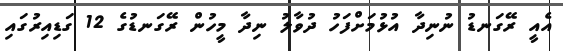
އެއީ ރޭގަނޑު ނުނިދާ އުޅުމަށްފަހު ދުވާލު ނިދާ މީހުން ރޭގަނޑުގެ 12 ގަޑިއިރުގައި